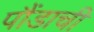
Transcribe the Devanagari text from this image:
पौंडाची